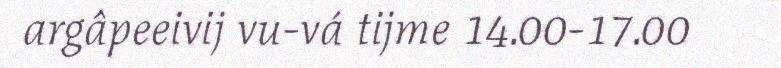
argâpeeivij vu-vá tijme 14.00-17.00